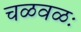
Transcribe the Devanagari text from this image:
चळवळः